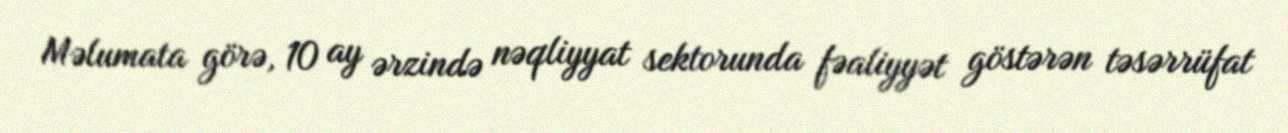
Məlumata görə, 10 ay ərzində nəqliyyat sektorunda fəaliyyət göstərən təsərrüfat